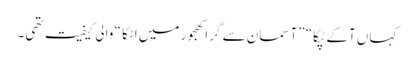
کہاں آکے ٹپکا“ ”آسمان سے گِرا کھجور میں اٹکا “ والی کیفیت تھی۔